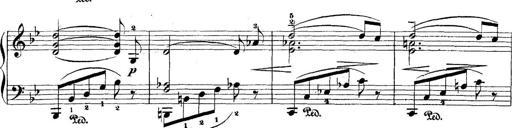
Title: 5 Sonatinas
Composer: Theodor Kirchner